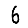
Digit: 6